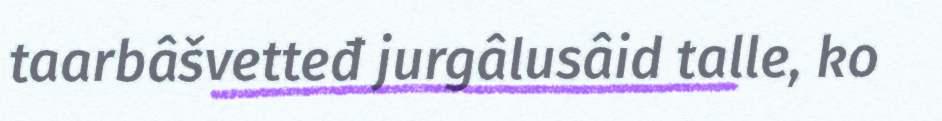
taarbâšvetteđ jurgâlusâid talle, ko